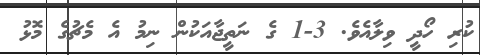
ކުރި ހޯދީ ވިލާއެވެ. 3-1 ގެ ނަތީޖާއަކުން ނިމު އެ މެޗުގެ މޮޅު